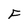
Character: F